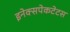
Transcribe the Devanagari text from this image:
इनेक्सपेकटेटस